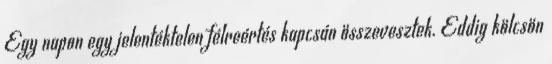
Egy napon egy jelentéktelen félreértés kapcsán összevesztek. Eddig kölcsön